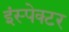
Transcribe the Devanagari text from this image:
इंस्‍पेक्‍टर